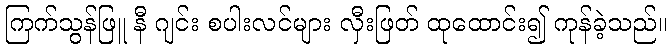
ကြက်သွန်ဖြူ နီ ဂျင်း စပါးလင်များ လှီးဖြတ် ထုထောင်း၍ ကုန်ခဲ့သည်။